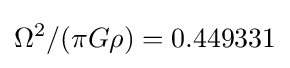
\Omega ^{2}/(\pi G\rho )=0.449331